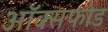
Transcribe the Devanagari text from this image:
ऑक्सफोड